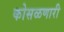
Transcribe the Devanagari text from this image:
कोसळणारी